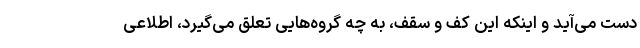
دست می‌آید و اینکه این کف و سقف، به چه گروه‌هایی تعلق می‌گیرد، اطلاعی